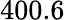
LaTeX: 400.6